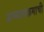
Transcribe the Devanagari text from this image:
अभ्‍यासक्रमाची